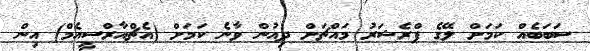
ސަބަބެއް ކަމަށް ލޭގެ ޕްރެޝަރު މައްޗަށް ދިއުން ވާނެ ކަމަށް (އެޗްއާރްސީއެމް) އިން